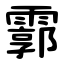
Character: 霩